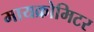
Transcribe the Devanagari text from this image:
मायक्रोमिटर